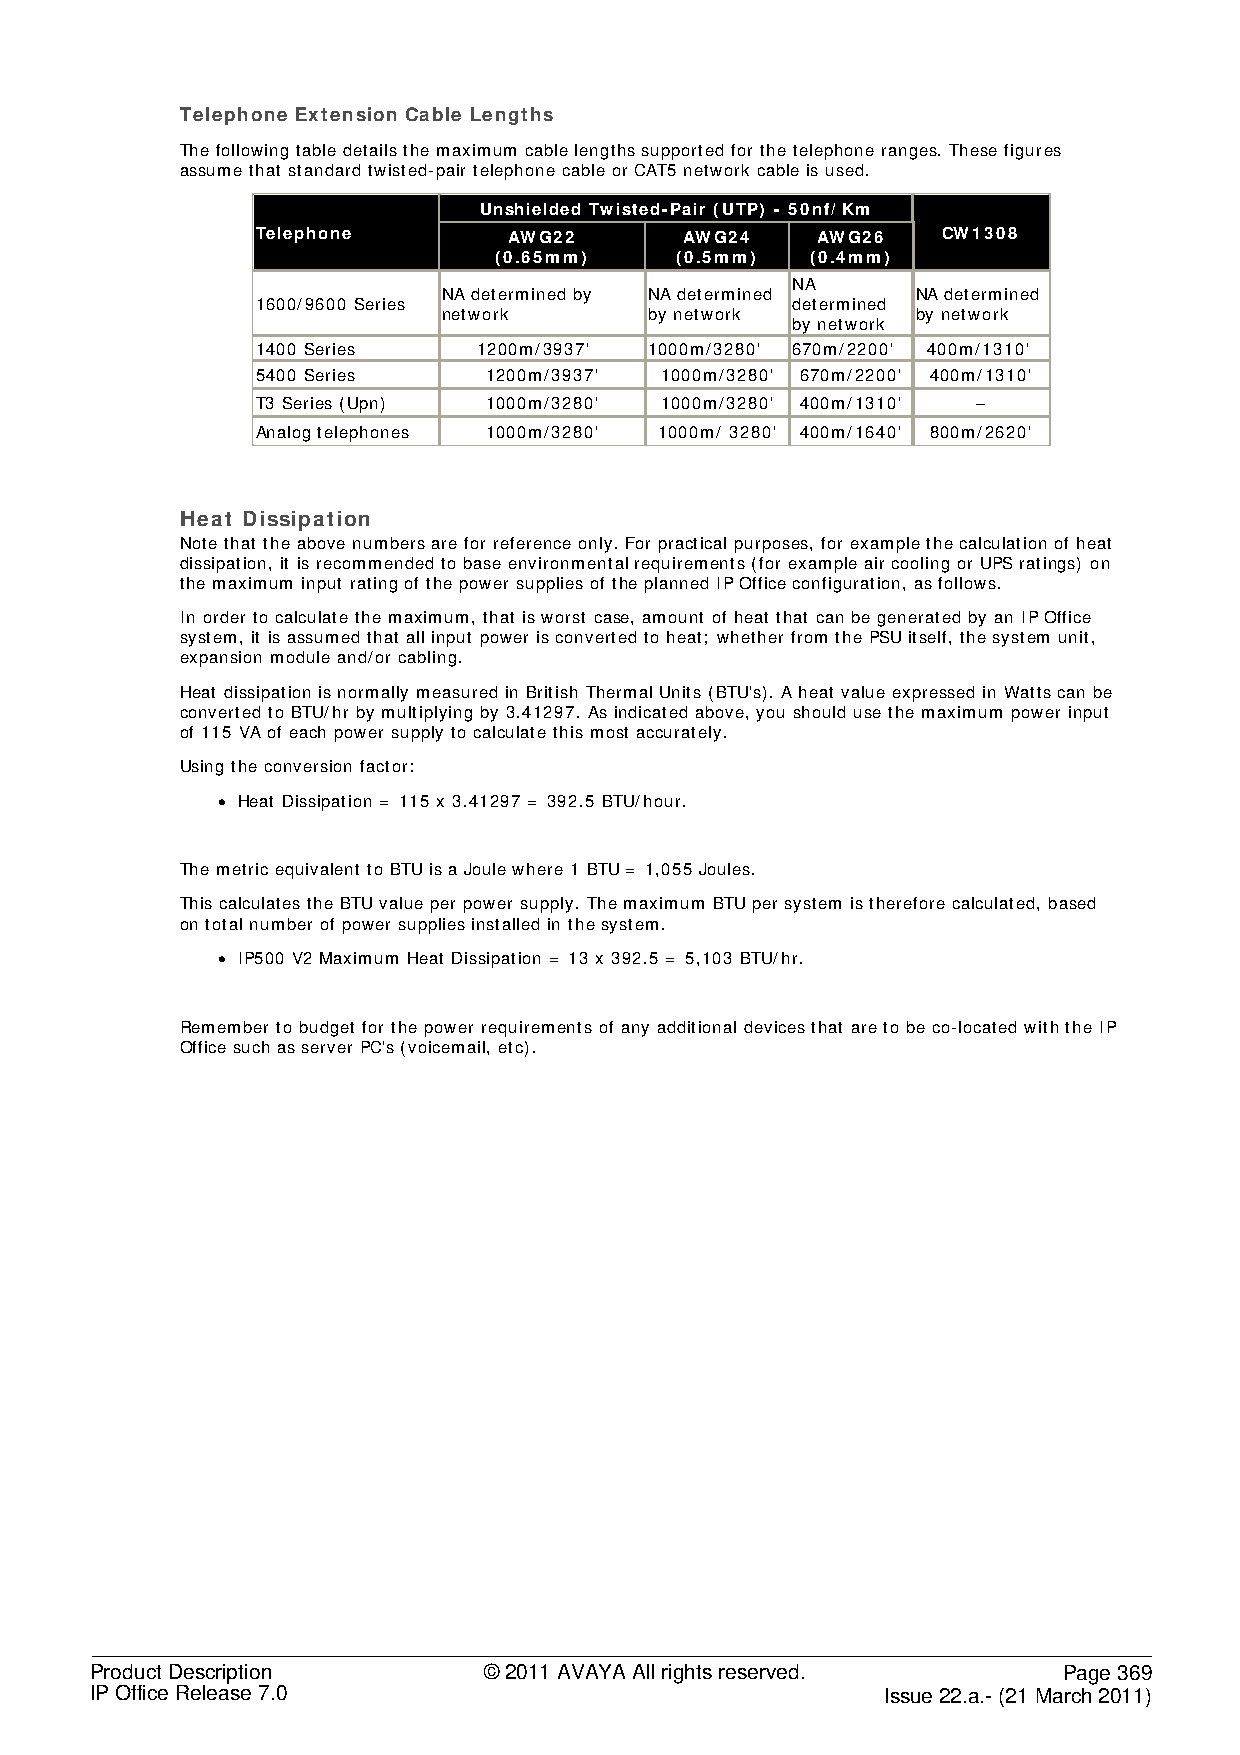
Telephone Extension Cable Lengths
 The following table details the maximum cable lengths supported for the telephone ranges. These figures
 assume that standard twisted-pair telephone cable or CAT5 network cable is used.
 Unshielded Twisted-Pair (UTP) - 50nf/ Km
 Telephone        AWG22      AWG24    AWG26   CW1308
 (0.65mm)    (0.5mm)  (0.4mm)
 NA
 NA determined by NA determined  NA determined
 1600/9600 Series                   determined
 network       by network        by network
 by network
 1400 Series    1200m/3937' 1000m/3280' 670m/2200' 400m/1310'
 5400 Series    1200m/3937' 1000m/3280' 670m/2200' 400m/1310'
 T3 Series (Upn) 1000m/3280' 1000m/3280' 400m/1310' –
 Analog telephones 1000m/3280' 1000m/ 3280' 400m/1640' 800m/2620'
 Heat Dissipation
 Note that the above numbers are for reference only. For practical purposes, for example the calculation of heat
 dissipation, it is recommended to base environmental requirements (for example air cooling or UPS ratings) on
 the maximum input rating of the power supplies of the planned IP Office configuration, as follows.
 In order to calculate the maximum, that is worst case, amount of heat that can be generated by an IP Office
 system, it is assumed that all input power is converted to heat; whether from the PSU itself, the system unit,
 expansion module and/or cabling.
 Heat dissipation is normally measured in British Thermal Units (BTU's). A heat value expressed in Watts can be
 converted to BTU/hr by multiplying by 3.41297. As indicated above, you should use the maximum power input
 of 115 VA of each power supply to calculate this most accurately.
 Using the conversion factor:
 • Heat Dissipation = 115 x 3.41297 = 392.5 BTU/hour.
 The metric equivalent to BTU is a Joule where 1 BTU = 1,055 Joules.
 This calculates the BTU value per power supply. The maximum BTU per system is therefore calculated, based
 on total number of power supplies installed in the system.
 • IP500 V2 Maximum Heat Dissipation = 13 x 392.5 = 5,103 BTU/hr.
 Remember to budget for the power requirements of any additional devices that are to be co-located with the IP
 Office such as server PC's (voicemail, etc).
 Product Description       © 2011 AVAYA All rights reserved.     Page 369
 IP Office Release 7.0                                Issue 22.a.- (21 March 2011)